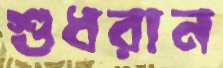
শুধরান